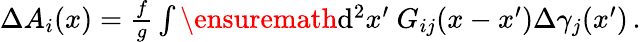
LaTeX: \begin{array}{r}{\Delta A_{i}(x)=\frac{f}{g}\int\ensuremath{\operatorname{d}\! {}^{2}}x^{\prime}\ G_{ij}(x-x^{\prime})\Delta\gamma_{j}(x^{\prime})\, .}\end{array}